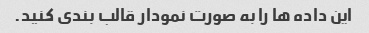
این داده ها را به صورت نمودار قالب بندی کنید.